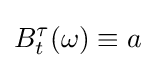
B_{t}^{\tau }(\omega )\equiv a